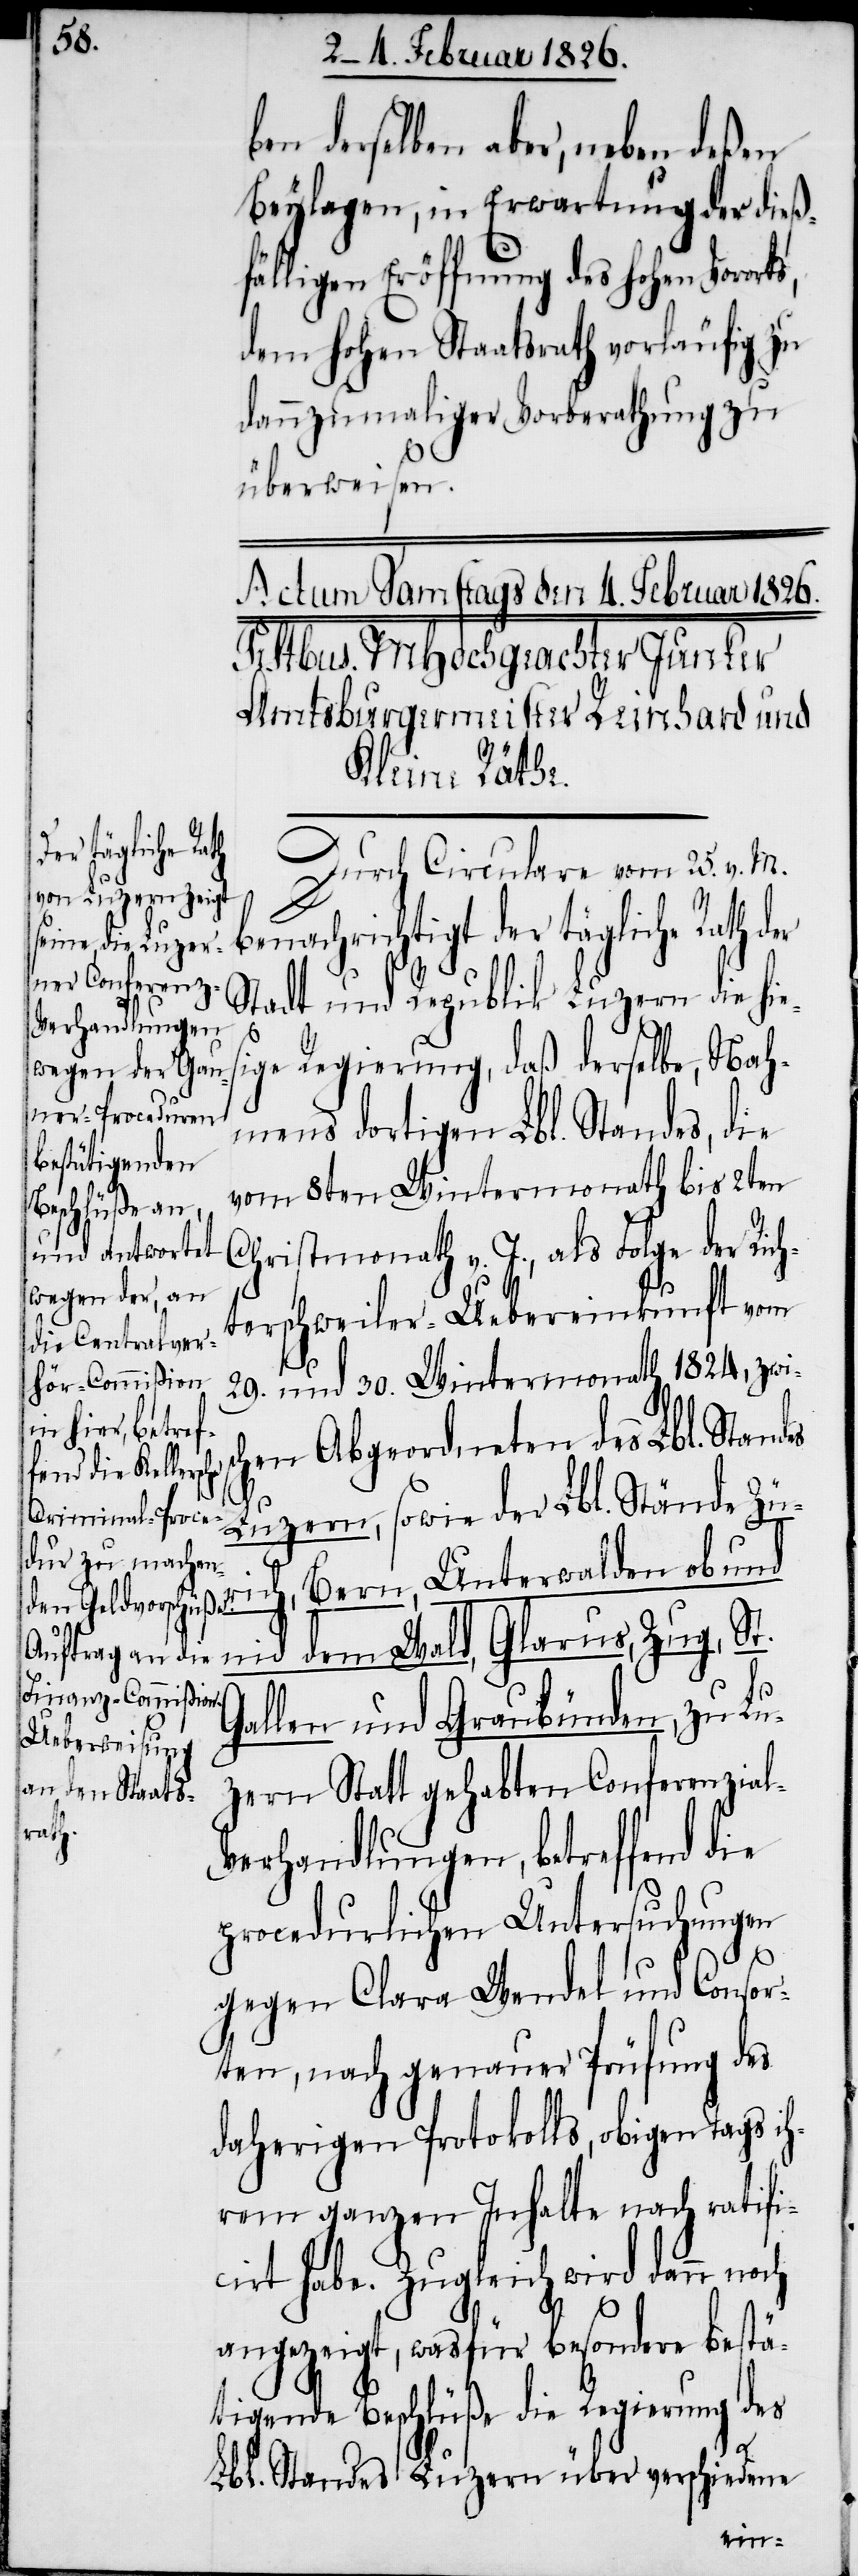
ben derselben aber, neben deßen
Beylagen, in Erwartung der dieß¬
fälligen Eröffnung des hohen Voror¬
dem hohen Staatsrath vorläufig zu
dannzumaliger Vorberathung zu
überweisen.
Durch Circulare vom 25. v. M.
benachrichtigt der tägliche Rath der
Stadt und Republik Luzern die hie¬
ige Regierung, daß derselbe, Nah¬
mens dortigen Lbl. Standes, die
vom 8ten Wintermonath bis 2ten
Christmonath v. J., als Folge der Rich¬
s¬
terschweiler-Uebereinkunft vom
29. und 30. Wintermonath 1824, zwis¬
chen Abgeordneten des Lbl. Standes
Luzern, sowie der Lbl. Stände Zür¬
ich, Bern, Unterwalden ob und
l-V¬
nid dem Wald, Glarus, Zug, St.
Gallen und Graubünden, zu Lu¬
zern Statt gehabten Conferenzia¬
erhandlungen, betreffend die
procedurlichen Untersuchungen
gegen Clara Wendel und Consor¬
ten, nach genauer Prüfung des
daherigen Protokolls, obigen Tags ih¬
rem ganzen Inhalte nach ratifi¬
cirt habe. Zugleich wird dann noch
angezeigt, wasfür besondere bestä¬
tigende Beschlüße die Regierung des
Lbl. Standes Luzern über verschiedene